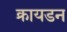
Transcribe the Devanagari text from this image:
क्रायडन